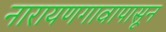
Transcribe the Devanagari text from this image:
नारायणगावापासून